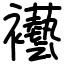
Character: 襼